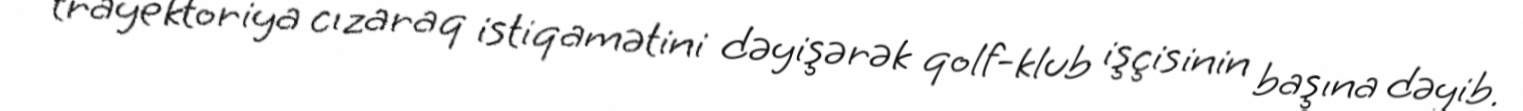
trayektoriya cızaraq istiqamətini dəyişərək qolf-klub işçisinin başına dəyib.